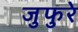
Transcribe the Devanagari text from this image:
जुफुरे